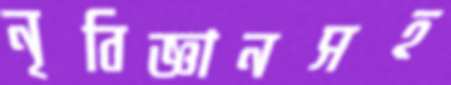
নৃবিজ্ঞানসহ